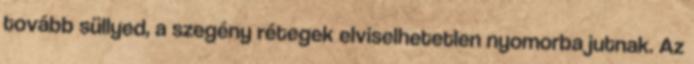
tovább süllyed, a szegény rétegek elviselhetetlen nyomorba jutnak. Az